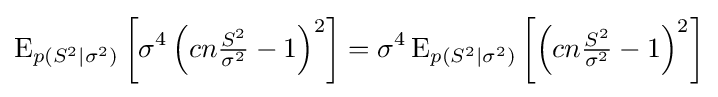
\operatorname {E} _{p(S^{2}\mid \sigma ^{2})}\left[\sigma ^{4}\left(cn{\tfrac {S^{2}}{\sigma ^{2}}}-1\right)^{2}\right]=\sigma ^{4}\operatorname {E} _{p(S^{2}\mid \sigma ^{2})}\left[\left(cn{\tfrac {S^{2}}{\sigma ^{2}}}-1\right)^{2}\right]